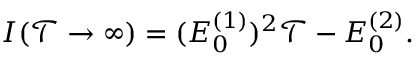
\begin{array} { r } { I ( \mathcal { T \rightarrow \infty } ) = ( E _ { 0 } ^ { ( 1 ) } ) ^ { 2 } \mathcal { T } - E _ { 0 } ^ { ( 2 ) } . } \end{array}